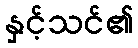
နှင့်သင်၏